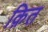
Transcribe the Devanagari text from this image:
क़ित